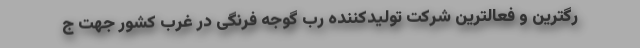
رگترین و فعالترین شرکت تولیدکننده رب گوجه فرنگی در غرب کشور جهت ج